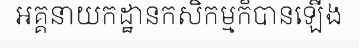
អគ្គនាយកដ្ឋានកសិកម្មក៏បានឡើង